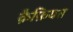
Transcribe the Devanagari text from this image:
क़ैफ़ियत